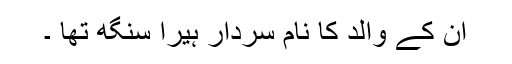
ان کے والد کا نام سردار ہیرا سنگھ تھا ۔